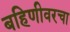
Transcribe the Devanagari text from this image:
बहिणीवरचा